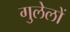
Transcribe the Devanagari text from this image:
गुलेलों